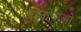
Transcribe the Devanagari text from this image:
जानापाओ